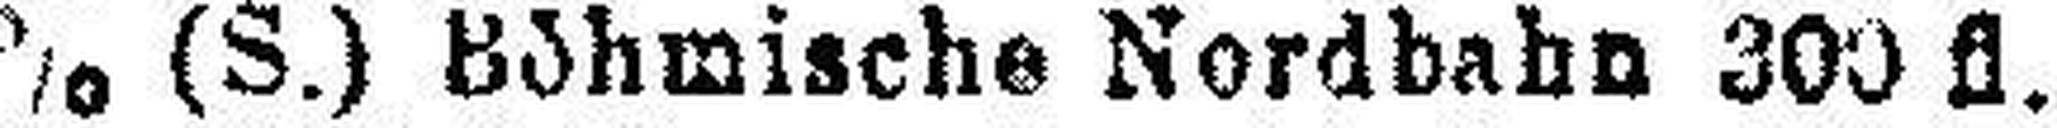
5% (S.) Böhmische Nordbahn 300 fl.